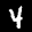
Label: 4